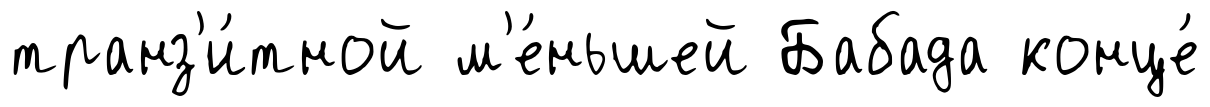
транз'и́тной м'е́ньшей Бабада конце́